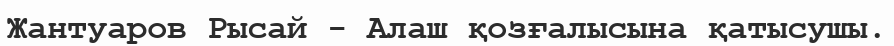
Жантуаров Рысай - Алаш қозғалысына қатысушы.